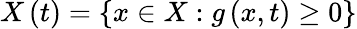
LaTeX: X\left(t\right)=\left\{ x\in X:g\left(x,t\right)\geq 0\right\}